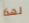
لهذا